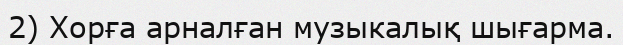
2) Хорға арналған музыкалық шығарма.